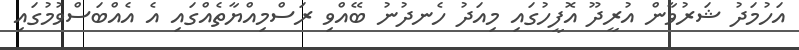
އަހުމަދު ޝަރުވާން އުރީދޫ އޮފީހުގައި މިއަދު ހެނދުނު ބޭއްވި ރަސްމިއްޔާތެއްގައި އެ އެއްބަސްވުމުގައި